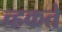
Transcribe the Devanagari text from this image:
च्हकते